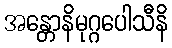
အန္တောနိမုဂ္ဂပေါသီနိ